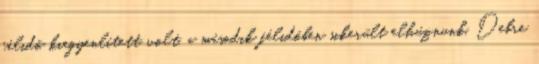
félidő kiegyenlített volt, a második félidőben sikerült elhúznunk. Debre